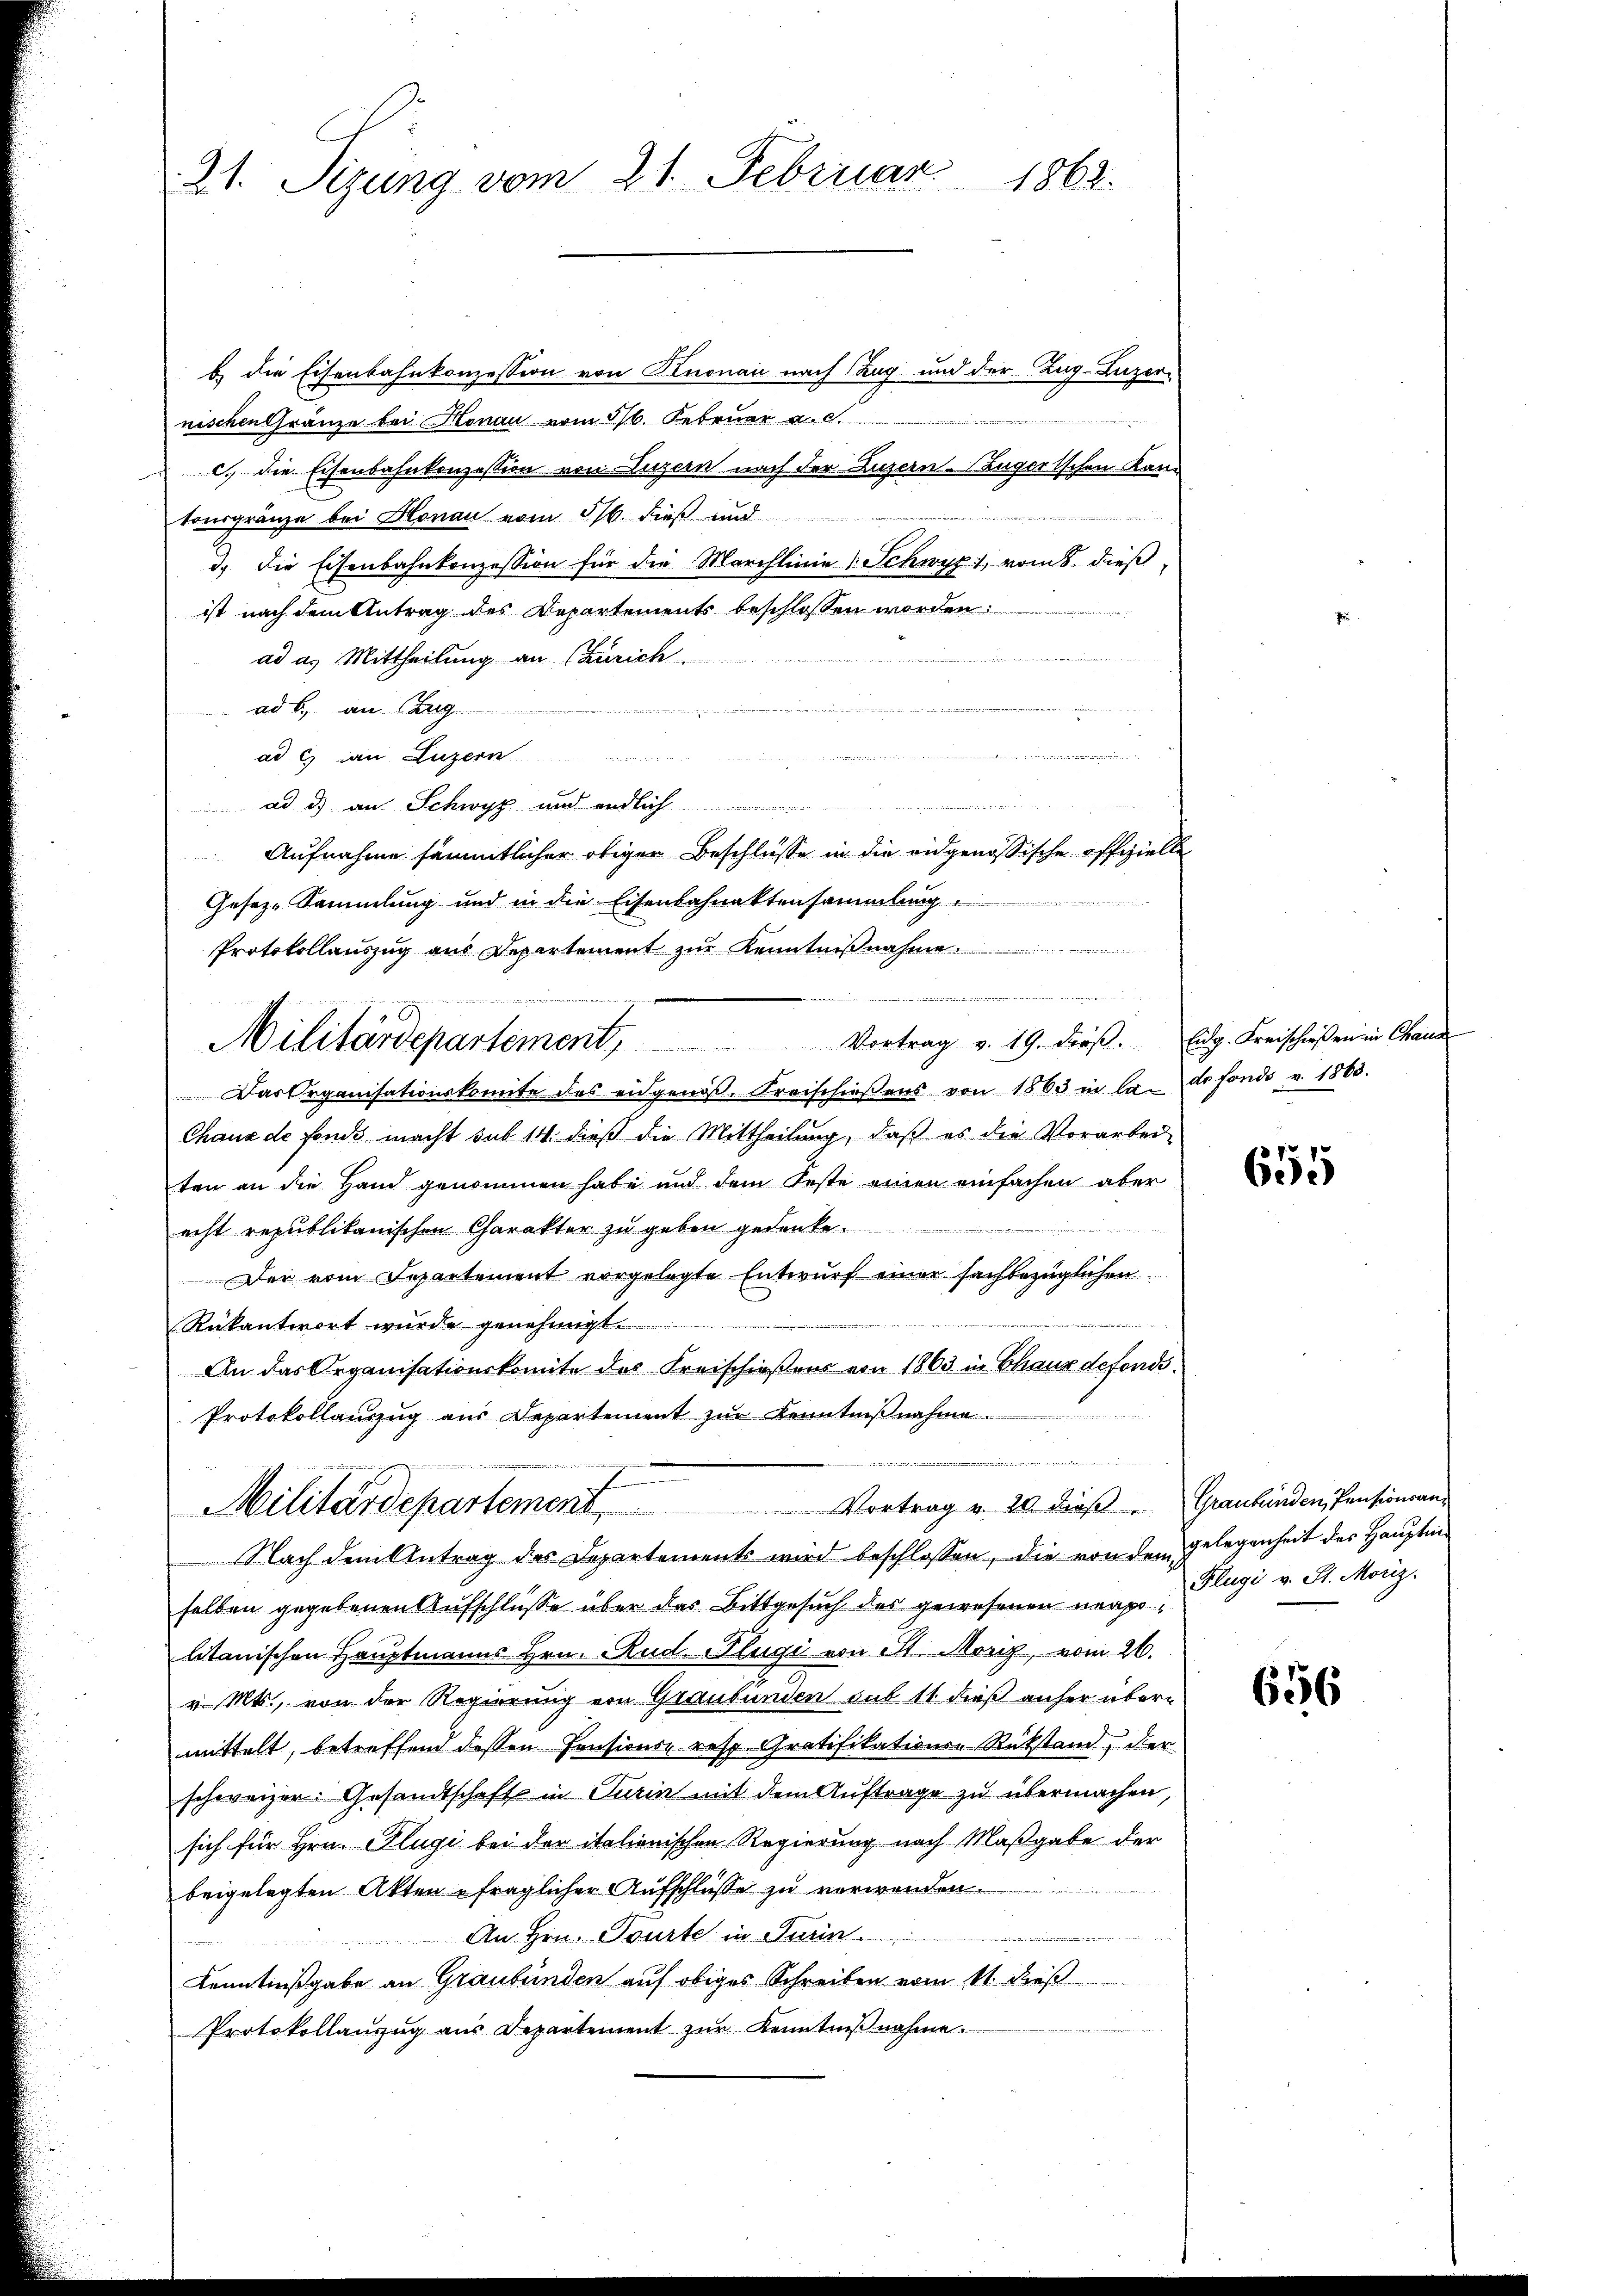
21. Sizung vom 21. Februar 1863.

b die Eisenbahnkonzession von Knonau nach Tag und der Zug-Luzer
nischen Gränze bei Monau vom 16. Februar a. c.
c. die Eisenbahnkonzession von Luzern nach der Luzern augertschen Kantonsgränze bei Honau vom 16. dieß und
d. Die Eisenbahnkonzession für die Marchlinie 1 Schwyz 1, vom 8. dieß,
ist nach dem Antrag des Departements beschlossen worden:
ad a. Mittheilung an (Zürich.
ad b. an Zug

ad. G. in Luzern
 2
ad d) an Schwyz und endlich
Aufnahme sämmtlicher obiger Beschlüsse in die eidgenössische offizielle
Gesez-Sammlung und in die Eisenbahnaktensammlung
Protokollauszug aus Departement zŭr Kenntnißnahme.
Das Organisationskomite des eidgenöβ. Kreischieβens von 1863 in la dr fondo v. 1863.
Chaus de fonds macht sub 14 dieß die Mittheilung, daß es die Vorarbeiten an die Hand genommen habe und dem Feste einen einfachen aber
echt republikanischen Charakter zu geben gedenke.
Der vom Separtement vorgelegte Entwurf einer sachbezüglichen
Rükantwort wurde genehmigt
An das Organisationskomite des Kreischießens von 1863 in Schaus defondi¬
Protokollanzug aus Departement zŭr Kenntniβnahme.
de
 vent
Militärdepartement Vortrag v. 20. dies  ..  Graubündenstensionen,
Nach dem Antrag des Departements wird beschlossen, die von dem
selben gegebenen Aufschlüsse über das Bittgesuch des gewesenen neapolitanischen Hauptmanns Hrn. Rud. Flügi von St. Morig, vom 26.
v. Mts., von der Regierung von Graubünden sub 11 dieß anher übern
mittelt, betreffend dessen Pensions- resp. Gratifikations Rükstand, der
schweizer. Gesandtschaft in Turin mit dem Auftrage zu übermachen,
sich für Hrn. Plugi bei der italienischen Regierung nach Maßgabe der
beigelegten Akten fraglicher Aufschlüsse zu verwenden.
.
An Hrn. Tourte in Turin
Kenntnißgabe an Graubünden auf obiges Schreiben vom 11. dieß
Protokollanzug aus Departement zŭr Kenntniβnahme.

Militärdepartement, Vortrag v. 19. dieß. Eidg. Freischließen in Chan

e

655

gelegenheit des Hauptma
Flugi v. St. Moriz.

656